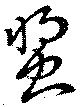
螿